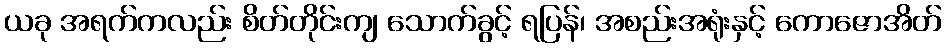
ယခု အရက်ကလည်း စိတ်တိုင်းကျ သောက်ခွင့် ရပြန်၊ အစည်းအရုံးနှင့် ကောဇောအိတ်